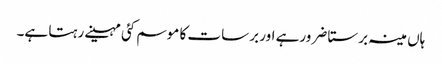
ہاں مینہ برستا ضرورہے اور برسات کا موسم کئی مہینے رہتا ہے۔